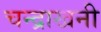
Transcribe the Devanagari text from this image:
चन्द्राखनी